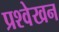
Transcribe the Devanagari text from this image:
प्रश्वेखन